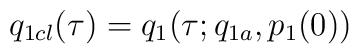
q_{1cl}(\tau) = q_{1}(\tau; q_{1a}, p_{1}(0))